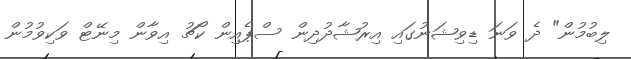
ލިބުމުން" ދެ ވަނަ ޑިވިޝަނުގައި އިރުޝާދުދިން ސްޕެއިން ކޯޗު އިވާން މިނޭޓް ވަކިވުމުން